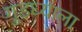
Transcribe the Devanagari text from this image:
गुडघ्याला